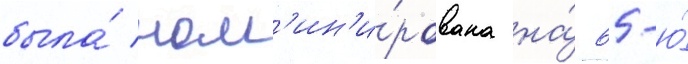
была́ ном'ин'и́рована на́ 65-ю́